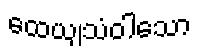
ထေယျသံဝါသော